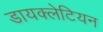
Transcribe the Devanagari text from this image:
डायक्लेटियन